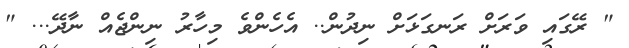
" ރޭގައި ވަރަށް ރަނގަޅަށް ނިދުން.. އެހެންވެ މިހާރު ނިންޖެއް ނާދޭ... "